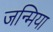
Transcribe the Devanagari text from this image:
जन्मिया